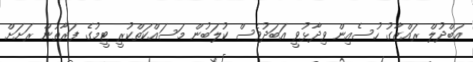
އަބްދުލް ރައްޒާގު ހުސެއިން ވިދާޅުވީ އަބަދުވެސް ކުލަބުން މަސައްކަތްކުރީ ޓީމުގެ ފަރާތުން ރަށަށް